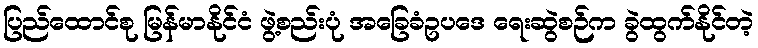
ပြည်ထောင်စု မြန်မာနိုင်ငံ ဖွဲ့စည်းပုံ အခြေခံဥပဒေ ရေးဆွဲစဉ်က ခွဲထွက်နိုင်တဲ့